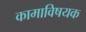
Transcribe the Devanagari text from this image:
कामाविषयक